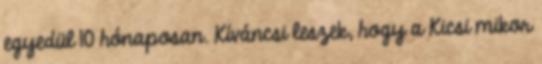
egyedül 10 hónaposan. Kíváncsi leszek, hogy a Kicsi mikor